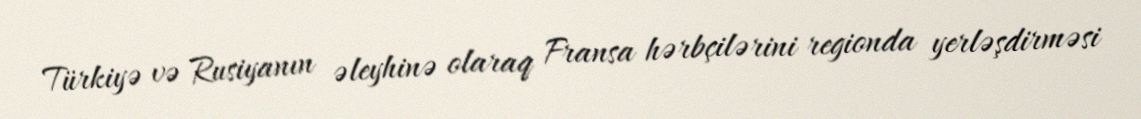
Türkiyə və Rusiyanın əleyhinə olaraq Fransa hərbçilərini regionda yerləşdirməsi